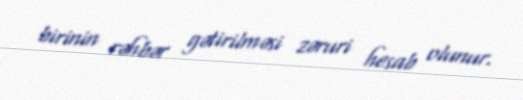
birinin rəhbər gətirilməsi zəruri hesab olunur.